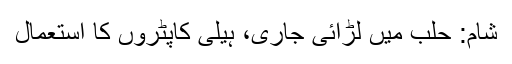
شام: حلب میں لڑائی جاری، ہیلی کاپٹروں کا استعمال